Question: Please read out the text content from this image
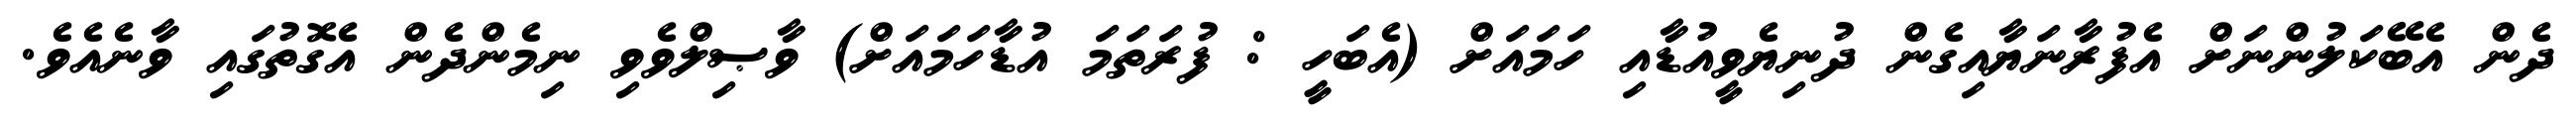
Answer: ދެން އެބޭކަލުންނަށް އެފުރާނަޔާއިގެން ދުނިޔެވީއުޑާއި ހަމައަށް (އެބަހީ : ފުރަތަމަ އުޑާހަމައަށް) ވާޞިލްވެވި ނިމެންދެން އެގޮތުގައި ވާނެއެވެ.